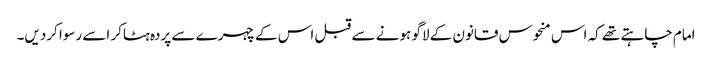
امام چاہتے تھے کہ اس منحوس قانون کے لاگو ہونے سے قبل اس کے چہرے سے پردہ ہٹاکر اسے رسوا کردیں۔